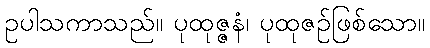
ဥပါသကာသည်။ ပုထုဇ္ဇနံ၊ ပုထုဇဉ်ဖြစ်သော။